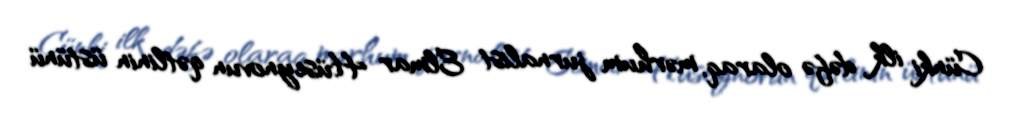
Cünki ilk dəfə olaraq, mərhum jurnalist Elmar Hüseynovun qətlinin üstünü